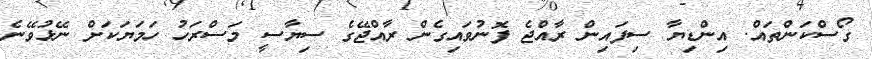
ގޯސްކަންތައް. އިންޑިޔާ ސިފައިން ރާއްޖެ ފޮނުވައިގެން ރާއްޖޭގެ ސިޔާސީ މަސްރަހު ހަމަޔަކަށް ނޭޅުވޭނެ